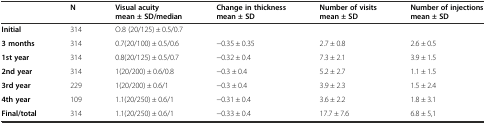
|  | N | Visual acuity mean ± SD/median | Change in thickness mean ± SD | Number of visits mean ± SD | Number of injections mean ± SD |
 | --- | --- | --- | --- | --- | --- |
 | Initial | 314 | O.8 (20/125) ± 0.5/0.7 |  |  |  |
 | 3 months | 314 | 0.7(20/100) ± 0.5/0.6 | −0.35 ± 0.35 | 2.7 ± 0.8 | 2.6 ± 0.5 |
 | 1st year | 314 | 0.8(20/125) ± 0.5/0.7 | −0.32 ± 0.4 | 7.3 ± 2.1 | 3.9 ± 1.5 |
 | 2nd year | 314 | 1(20/200) ± 0.6/0.8 | −0.3 ± 0.4 | 5.2 ± 2.7 | 1.1 ± 1.5 |
 | 3rd year | 229 | 1(20/200) ± 0.6/1 | −0.3 ± 0.4 | 3.9 ± 2.3 | 1.5 ± 2.4 |
 | 4th year | 109 | 1.1(20/250) ± 0.6/1 | −0.31 ± 0.4 | 3.6 ± 2.2 | 1.8 ± 3.1 |
 | Final/total | 314 | 1.1(20/250) ± 0.6/1 | −0.33 ± 0.4 | 17.7 ± 7.6 | 6.8 ± 5,1 |